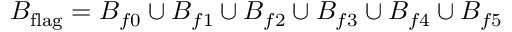
B _ { \mathrm { f l a g \it } } = B _ { f 0 } \cup B _ { f 1 } \cup B _ { f 2 } \cup B _ { f 3 } \cup B _ { f 4 } \cup B _ { f 5 }